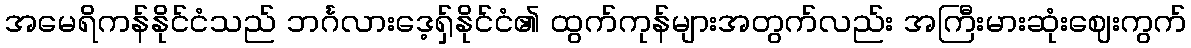
အမေရိကန်နိုင်ငံသည် ဘင်္ဂလားဒေ့ရှ်နိုင်ငံ၏ ထွက်ကုန်များအတွက်လည်း အကြီးမားဆုံးဈေးကွက်